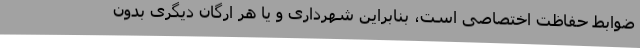
ضوابط حفاظت اختصاصی است، بنابراین شهرداری و یا هر ارگان دیگری بدون